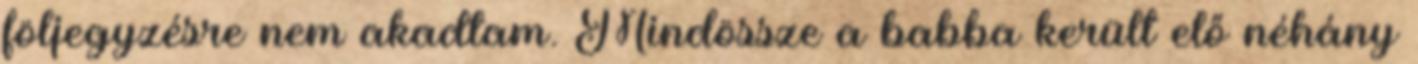
följegyzésre nem akadtam. Mindössze a babba került elő néhány